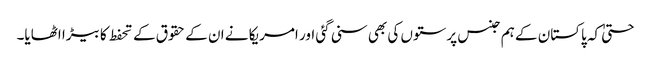
حتیٰ کہ پاکستان کے ہم جنس پرستوں کی بھی سنی گئی اور امریکا نے ان کے حقوق کے تحفط کا بیڑا اٹھایا۔